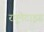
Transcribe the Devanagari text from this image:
रयूमेटाइड